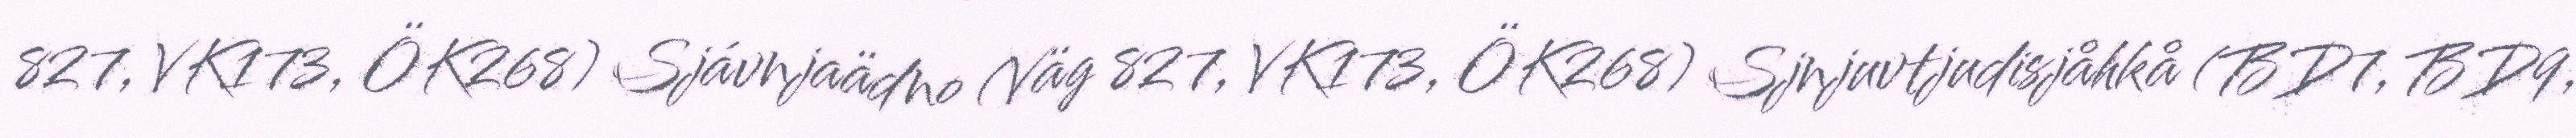
827, VK173, ÖK268) Sjávnjaädno (Väg 827, VK173, ÖK268) Sjnjuvtjudisjåhkå (BD7, BD9,